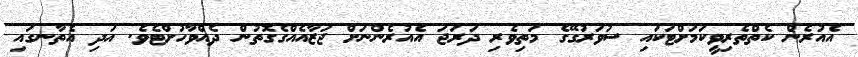
އެއުރެން ކެތްތެރިވީކަމަށްޓަކައި ސުވަރުގޭގެ މަތިވެރި ދަރަޖަ އެއުރެންނަށް ޖަޒާއެއްގެގޮތުން ދެއްވާހުށްޓެވެ. އަދި އެތާނގައި